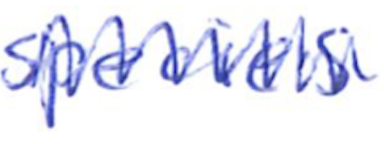
Text: species
Cross-out: mix
Writing tool: ballpoint